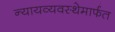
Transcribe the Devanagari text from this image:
न्यायव्यवस्थेमार्फत